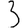
Digit: 3